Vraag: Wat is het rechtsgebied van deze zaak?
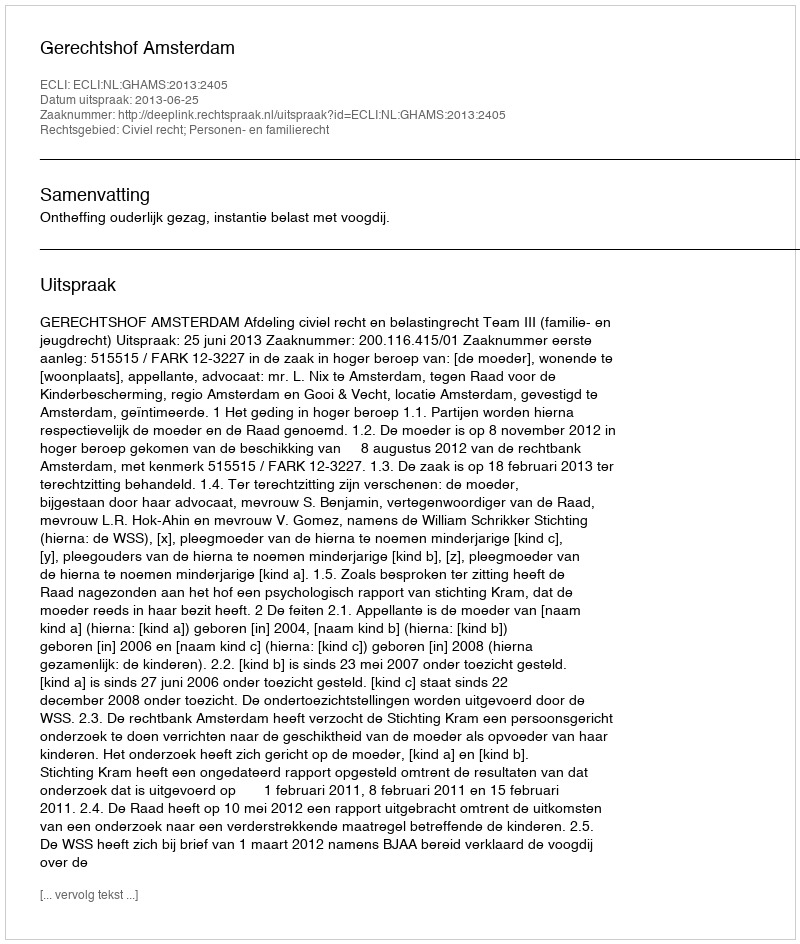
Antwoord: Civiel recht; Personen- en familierecht